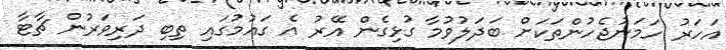
އަހަރު ހަމަނުޖެހުންތަކަށް ބަދަލުވުމާ ގުޅިގެން އޭރު އެ ގައުމުގައި ތިބި ދަރިވަރުން ޗާޓާ